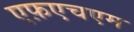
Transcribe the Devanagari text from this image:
एफ़एचएम